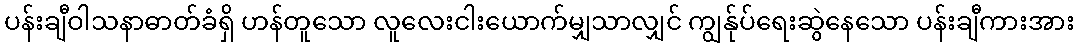
ပန်းချီဝါသနာဓာတ်ခံရှိ ဟန်တူသော လူလေးငါးယောက်မျှသာလျှင် ကျွန်ုပ်ရေးဆွဲနေသော ပန်းချီကားအား